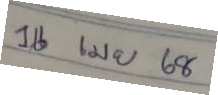
16 เม.ย. 68